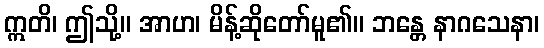
ဣတိ၊ ဤသို့။ အာဟ၊ မိန့်ဆိုတော်မူ၏။ ဘန္တေ နာဂသေနာ၊